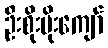
ဦးစိုးမိုးကျော်